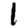
Digit: 1